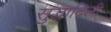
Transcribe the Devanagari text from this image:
सुद्धादिली